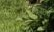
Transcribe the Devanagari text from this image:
उपछत्र